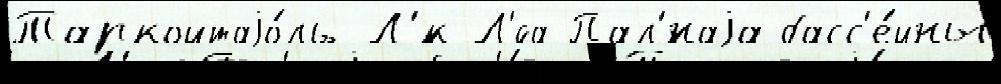
Таркойтаjо́ль Л'́к-Л'́са Пал'́наjа басс'е́йны